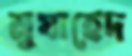
মুযাহেদ